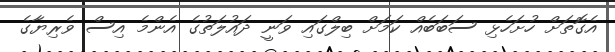
އެގޮތަށް ހުށަހެޅި ސަބަބެއް ކަމަށް ބިލްގައި ވަނީ ދައުލަތުގެ އެންމެ އިސް ވެރިޔާގެ